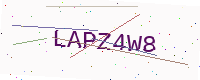
Text: LAPZ4W8